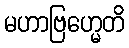
မဟာဗြဟ္မေတိ